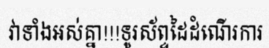
វាទាំងអស់គ្នា!!!ទូរស័ព្ទដៃដំណើរការ